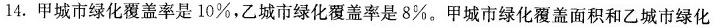
14.甲城市绿化覆盖率是10%，乙城市绿化覆盖率是8%。甲城市绿化覆盖面积和乙城市绿化